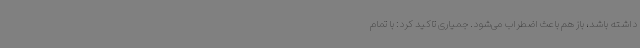
داشته باشد، باز هم باعث اضطراب می‌شود. جمیاری تاکید کرد: با تمام